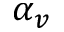
\alpha _ { v }